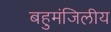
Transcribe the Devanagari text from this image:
बहुमंजिलीय